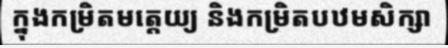
ក្នុងកម្រិតមត្តេយ្យ និងកម្រិតបឋមសិក្សា